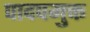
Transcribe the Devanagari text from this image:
पादपमुक्त